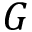
G